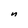
Character: n